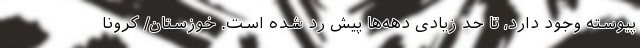
پیوسته وجود دارد، تا حد زیادی دهه‌ها پیش رد شده است. خوزستان/ کرونا